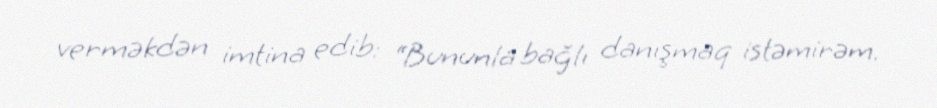
verməkdən imtina edib: “Bununla bağlı danışmaq istəmirəm.